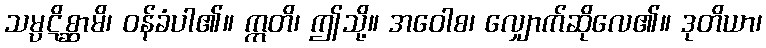
သမ္ပဋိစ္ဆာမိ၊ ဝန်ခံပါ၏။ ဣတိ၊ ဤသို့။ အဝေါစ၊ လျှောက်ဆိုလေ၏။ ဒုတိယာ၊